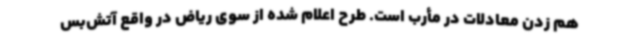
هم زدن معادلات در مأرب است. طرح اعلام شده از سوی ریاض در واقع آتش‌بس